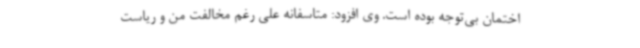
اختمان بی‌توجه بوده است. وی افزود: متاسفانه علی رغم مخالفت من و ریاست